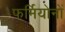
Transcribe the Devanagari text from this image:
फर्मियोनों